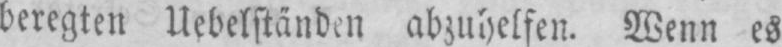
beregten Uebelständen abzuhelfen. Wenn es